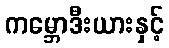
ကမ္ဘောဒီးယားနှင့်